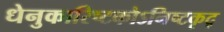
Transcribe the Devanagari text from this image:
धेनुकारिष्टकोऽनिष्टकृद्